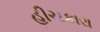
હીચકારા